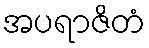
အပရာဇိတံ